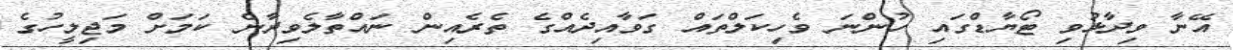
އޭނާ ވިދާޅުވި ޓޯޔާޑްގައި ހުންނަ ވެހިކަލްތައް ގަވާއިދެއްގެ ތެރެއިން ނައްތާލެވިދާނެ ކަމަށް މަޖިލީހުގެ